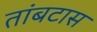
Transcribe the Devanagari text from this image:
तांबटास